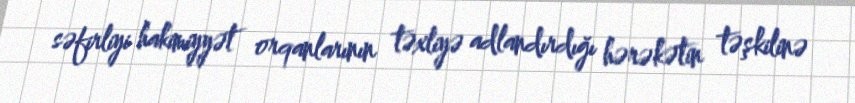
səfirliyi hakimiyyət orqanlarının təxliyə adlandırdığı hərəkətin təşkilinə